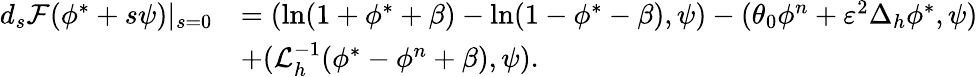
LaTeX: \begin{array}{rl}{d_{s}\mathcal{F}(\phi^{*}+s\psi)|_{s=0}}&{=(\ln(1+\phi^{*}+\beta)-\ln(1-\phi^{*}-\beta),\psi)-(\theta_{0}\phi^{n}+\varepsilon^{2}\Delta_{h}\phi^{*},\psi)}\\ &{+(\mathcal{L}_{h}^{-1}(\phi^{*}-\phi^{n}+\beta),\psi).}\end{array}